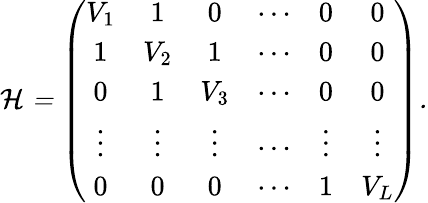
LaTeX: \begin{array}{r}{\cal{H}=\left(\begin{array}{cccccc}{V_{1}}&{1}&{0}&{\cdots}&{0}&{0}\\ {1}&{V_{2}}&{1}&{\cdots}&{0}&{0}\\ {0}&{1}&{V_{3}}&{\cdots}&{0}&{0}\\ {\vdots}&{\vdots}&{\vdots}&{\cdots}&{\vdots}&{\vdots}\\ {0}&{0}&{0}&{\cdots}&{1}&{V_{L}}\end{array}\right).}\end{array}